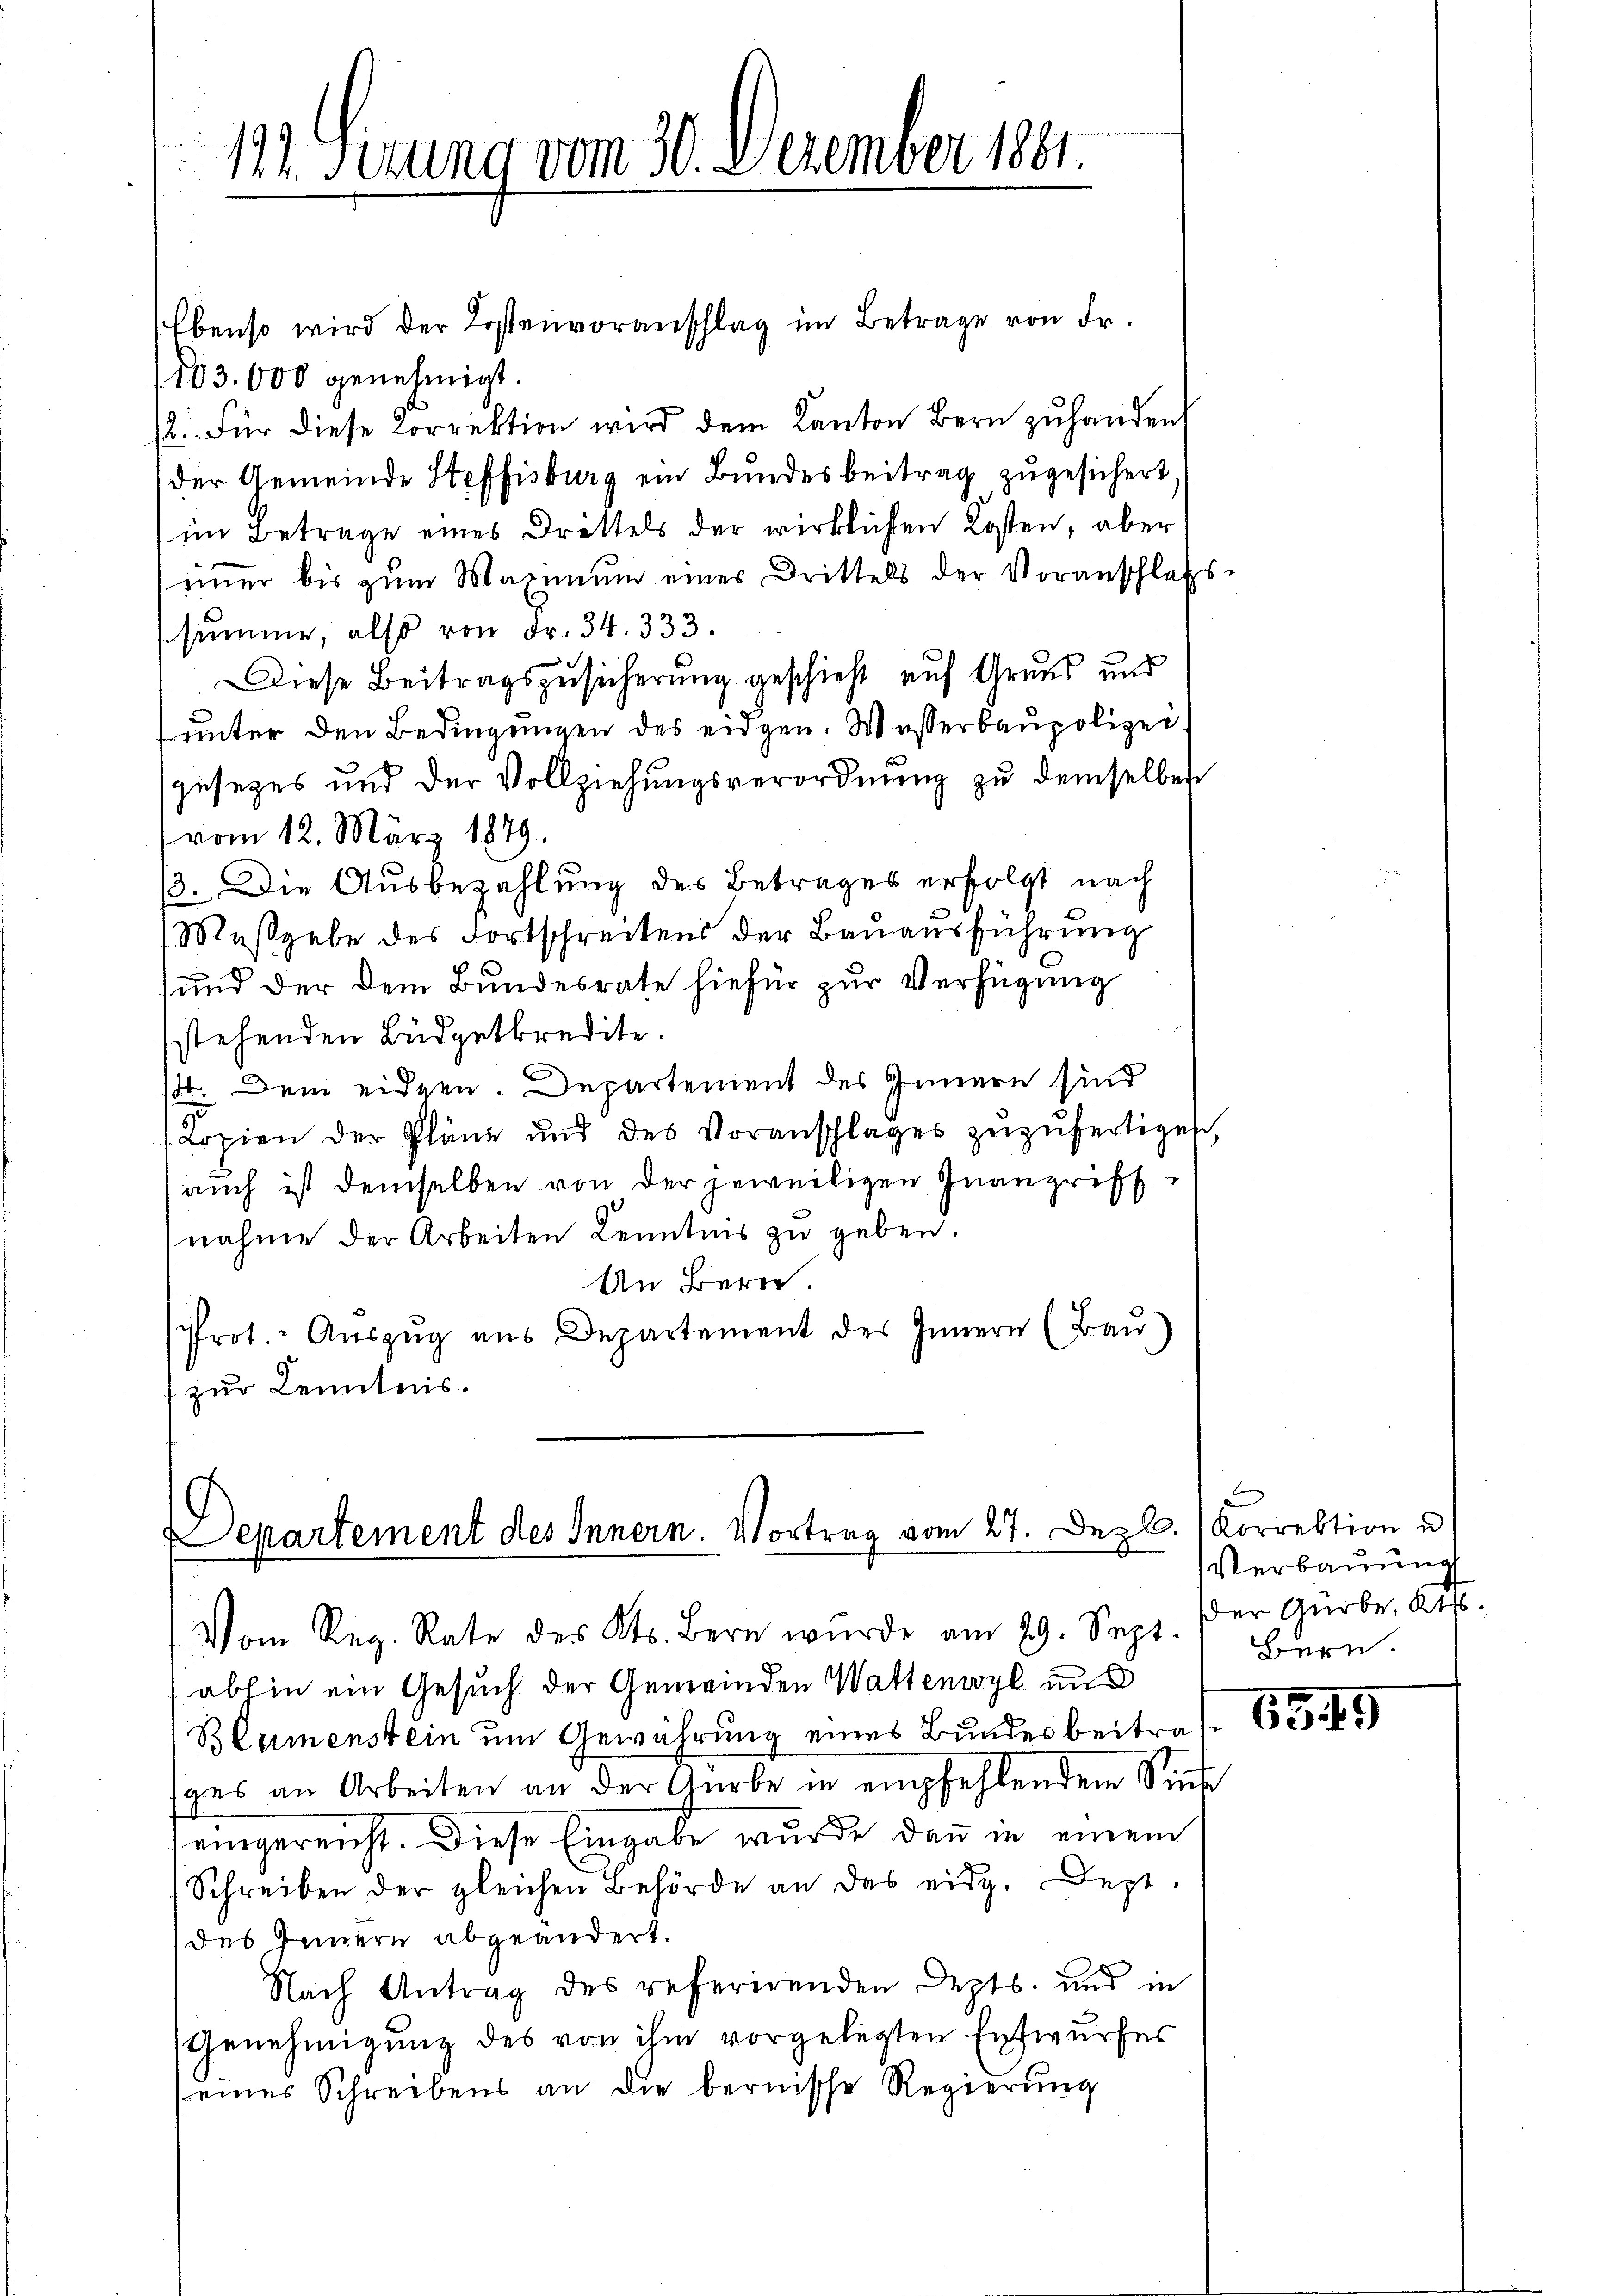
121. Setzung vom 30. Dezember 1891.

Ebenso wird der Lostenvoranschlag im Betrage von Fr.
103.000 genehmigt.
12. Für diese Korrektion wird dem Kanton Bern zŭ handen
der Gemeinde Steffisburg ein Bundesbeitrag zugesichert
im Betrage eines Drittels der wirklichen Kosten, aber
immer bis zum Maximŭm eines Drittels der Voranschlafs-
ssumme, also von Fr. 34. 333.
Diese Beitragszusicherung geschieht auf Grund und
unter den Bedingungen des eidgen. Wasserbaupolizeisgesezes und der Vollziehungsverordnŭng zu demselbes
vom 12. März 1879.
13. Die Ausbezahlung des Betrages erfolgt nach
Maßgabe des Fortschreitens der Bauausführung
und der dem Bundesrate hiefür zur Verfügung
stehenden Büdgetkredite.
ste. Dem eidgen. Departement des Innern sind
Lopien der Pläne und des Voranschlages zŭzŭfertigen,
auch ist demselben von der jeweiligen Inangriff
nahme der Arbeiten Kenntnis zu geben.
An Bern.
Prot. Aŭszŭg ans Departement des Innern (Bau)
zur Kenntnis.

Departement des Innern. Vortrag vom 27. Dez. Korrektion u

Vom Reg. Rate des Kts. Bern wurde am 29. Sept. der Gürbe, Kt.
abhin ein Gesuch der Gemeinden Wattenwyl und
Blumenstein um Gewährung eines Bundesbeitrages an Arbeiten an der Gürbe in empfehlendem Sin
eingereicht. Diese Eingabe wurde dann in einem
Schreiben der gleichen Behörde an das eidg. Dest.
des Jennern abgeändert.
Nach Antrag des referirenden Depts. und in
Genehmigung des von ihm vorgelegten Entwurfes
eines Schreibens an die bernische Regierung

Verbauung
Bern.